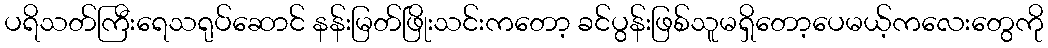
ပရိသတ်ကြီးရေသရုပ်ဆောင် နန်းမြတ်ဖြိုးသင်းကတော့ ခင်ပွန်းဖြစ်သူမရှိတော့ပေမယ့်ကလေးတွေကို